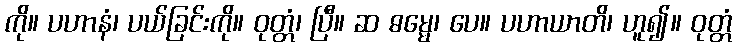
ကို။ ပဟာနံ၊ ပယ်ခြင်းကို။ ဝုတ္တံ၊ ပြီ။ ဆ ဓမ္မေ၊ ပေ။ ပဟာယာတိ၊ ဟူ၍။ ဝုတ္တံ